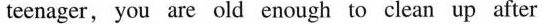
teenager, you are old enough to clean up after